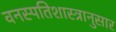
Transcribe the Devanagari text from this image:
वनस्पतिशास्त्रानुसार